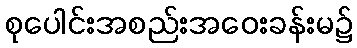
စုပေါင်းအစည်းအဝေးခန်းမ၌